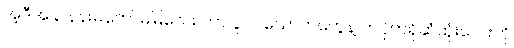
အဲ့ဒီအခါ နန်းမတော်မမြလေး ဟာ ပူပင်သောကတွေနဲ့ ကပိုကရိုဆံထုံးလေးကို